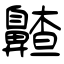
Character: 齄